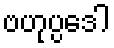
ဗဟုပ္ပဒေါ